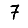
Digit: 7